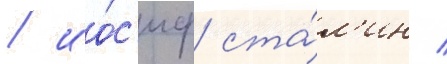
/ ио́с'иф ста́л'ин /